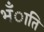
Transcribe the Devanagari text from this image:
भँाति